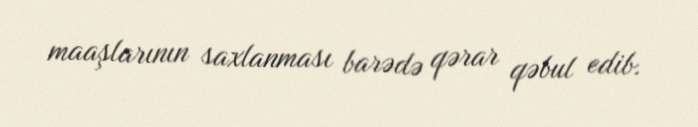
maaşlarının saxlanması barədə qərar qəbul edib.